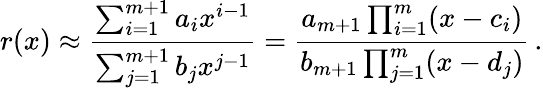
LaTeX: r(x)\approx\frac{\sum_{i=1}^{m+1}a_{i}x^{i-1}}{\sum_{j=1}^{m+1}b_{j}x^{j-1}}=\frac{a_{m+1}\prod_{i=1}^{m}(x-c_{i})}{b_{m+1}\prod_{j=1}^{m}(x-d_{j})}\, .